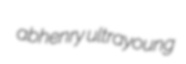
abhenry ultrayoung